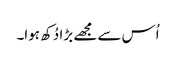
اُس سے مجھے بڑا دُکھ ہوا۔